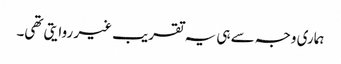
ہماری وجہ سے ہی یہ تقریب غیر روایتی تھی۔